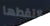
إلتقطها